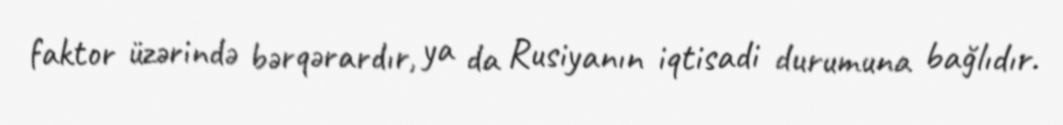
faktor üzərində bərqərardır, ya da Rusiyanın iqtisadi durumuna bağlıdır.